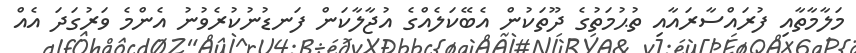
މަލާމާތާއި ފުރައްސާރައާއި ތުޙުމަތުގެ ދޫތަކުން އެބޭކަލެއްގެ އުޖާލާކަން ފަނޑުނުކުރެވުނު އެންމެ ވަރުގަދަ އެއް